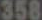
358